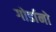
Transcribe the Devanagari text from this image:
गोर्डानो